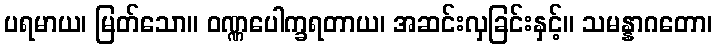
ပရမာယ၊ မြတ်သော။ ဝဏ္ဏပေါက္ခရတာယ၊ အဆင်းလှခြင်းနှင့်။ သမန္နာဂတော၊